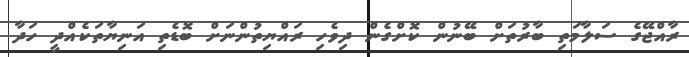
ރާއްޖޭގެ ސަލާމަތި ބާރުތަށް ބޭނުން ކޮށްގެން ދިވެހި ރައްޔިތުންނަށް ބޮޑެތި އަނިޔާތަކެއްދީ ހަދާ